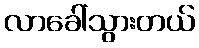
လာခေါ်သွားတယ်